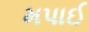
મપાઈ